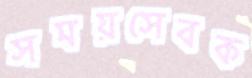
সময়সেবক